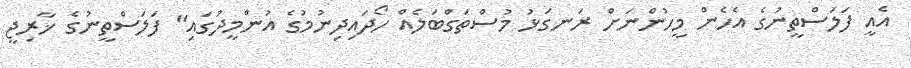
އެއީ ފަލަސްތީނުގެ އެހެން މީހުންނަށް ރަނގަޅު މުސްތަގްބަލެއް ހޯދައިދިނުމުގެ އުންމީދުގައި" ފަލަސްތީނުގެ ޚާރިޖީ